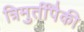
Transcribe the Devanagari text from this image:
त्रिमुर्तींपैकी